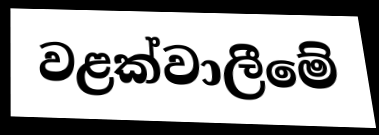
වළක්වාලීමේ